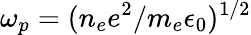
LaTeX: \omega_{p}=(n_{e}e^{2}/m_{e}\epsilon_{0})^{1/2}